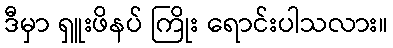
ဒီမှာ ရှူးဖိနပ် ကြိုး ရောင်းပါသလား။